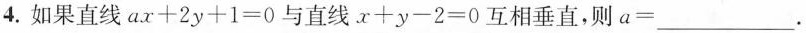
4.如果直线$$a x + 2 y + 1= 0$$与直线$$x + y - 2 = 0$$互相垂直，则$$a = ___$$.